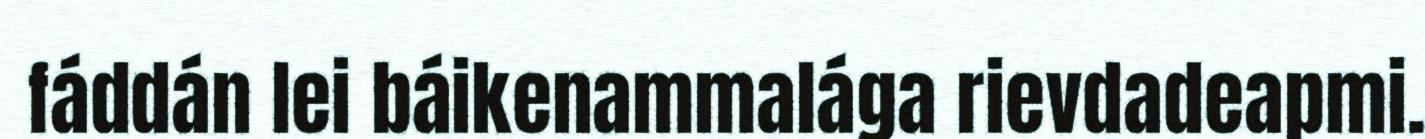
fáddán lei báikenammalága rievdadeapmi.